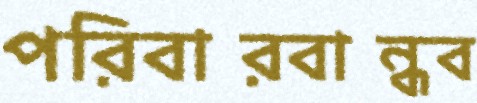
পরিবারবান্ধব